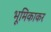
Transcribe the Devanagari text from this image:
भूमिकाकर